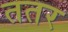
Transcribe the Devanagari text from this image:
ततर